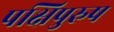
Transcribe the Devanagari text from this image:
पक्षिपुरुष